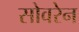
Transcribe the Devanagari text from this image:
सोवरेन